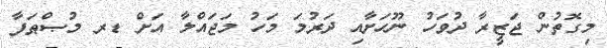
މިގޮތުން ޖަޒީރާ ދުވަހު ނޫހަށާއި ދަރުމަ މަހު މަޖައްލާ އަށް ޑރ މުޞްޠަފާ